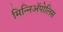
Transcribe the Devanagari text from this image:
मिन्निअॅपोलिस